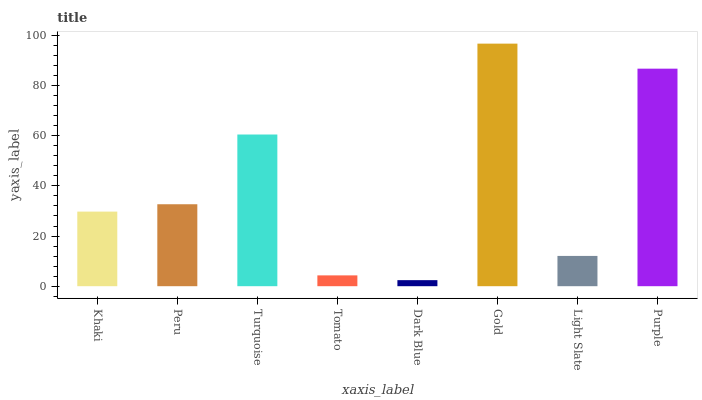
| xaxis_label | bars |
 | --- | --- |
 | Khaki | 29.7 |
 | Peru | 32.7 |
 | Turquoise | 60.5 |
 | Tomato | 4.31 |
 | Dark Blue | 2.41 |
 | Gold | 96.7 |
 | Light Slate | 12.1 |
 | Purple | 86.7 |